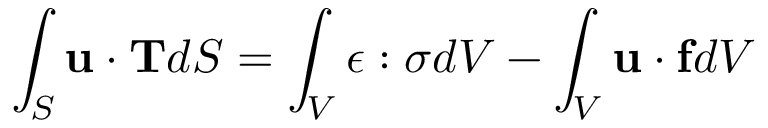
\int _ { S } \mathbf { u \cdot T } d S = \int _ { V } { \boldsymbol { \epsilon } } : { \boldsymbol { \sigma } } d V - \int _ { V } \mathbf { u } \cdot \mathbf { f } d V